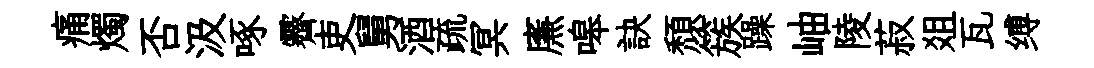
痛燭否汲啄霽吏舅酒疏冥㢘嗥訣頽簇躁岫陵菽爼瓦缚